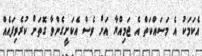
އެކަމަކު އެ މަސައްކަތް އެ ޖަމިއްޔާ އަށް ވެސް އެކަށީގެންވާ ގޮތަށް ކުރެވިފައެއް